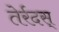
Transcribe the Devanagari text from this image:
तेर्रदस्